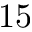
1 5